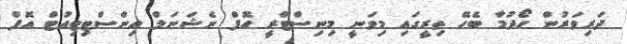
ދަރިވަރުން ހޯދުމާ ބެހޭ ތިރީގައި މިވަނީ މިނިސްޓްރީ އޮފް ނެޝަނަލް އިންސްޓިޓިއުޓް އޮފް